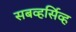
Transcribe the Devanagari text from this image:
सबव्हर्सिव्ह